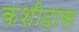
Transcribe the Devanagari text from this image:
कशीदास